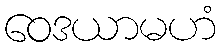
ဝေဒယာမဟံ